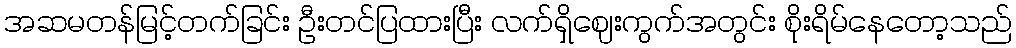
အဆမတန်မြင့်တက်ခြင်း ဦးတင်ပြထားပြီး လက်ရှိဈေးကွက်အတွင်း စိုးရိမ်နေတော့သည်